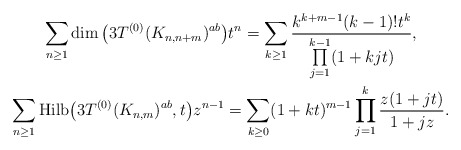
\begin{gather*} \sum_{n \ge 1} \dim\big(3T^{(0)}(K_{n,n+m})^{ab}\big) { t^{n}} = \sum_{k \ge 1}{k^{k+m-1} (k-1) ! t^{k} \over \prod\limits_{j=1}^{k-1} (1+k j t) },\\ \sum_{n \ge 1} {\rm Hilb}\big(3T^{(0)}(K_{n,m})^{ab},t\big) z^{n-1}=\sum_{k \ge 0} (1+k t)^{m-1} \prod_{j=1}^{k} {{z (1+j t) \over 1+j z}}.\end{gather*}